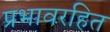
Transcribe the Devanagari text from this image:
प्रभावरहित